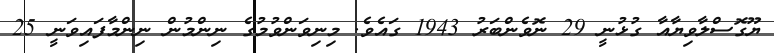
ޔޫގޮސްލާވިޔާއާ ގުޅުނީ 29 ނޮވެންބަރު 1943 ގައެވެ. މިނިވަންވުމުގެ ނިންމުން ނިންމާފައިވަނީ 25